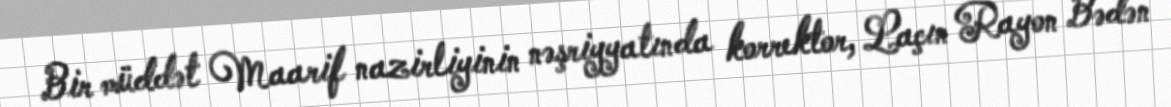
Bir müddət Maarif nazirliyinin nəşriyyatında korrektor, Laçın Rayon Bədən